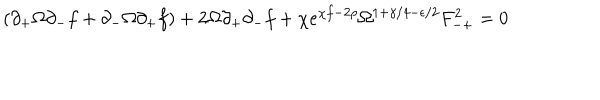
LaTeX: ( \partial _ { + } \Omega \partial _ { - } f + \partial _ { - } \Omega \partial _ { + } f ) + 2 \Omega \partial _ { + } \partial _ { - } f + \chi e ^ { \chi f - 2 \rho } \Omega ^ { 1 + \gamma / 4 - \epsilon / 2 } F _ { - + } ^ { 2 } = 0